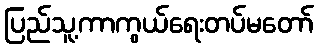
ပြည်သူ့ကာကွယ်ရေးတပ်မတော်